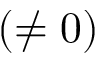
( \neq 0 )